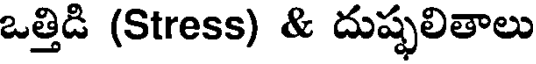
ఒత్తిడి (Stress) & దుష్ఫలితాలు